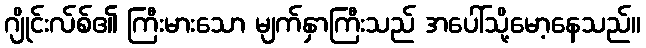
ဂျိုင်းလ်စ်၏ ကြီးမားသော မျက်နှာကြီးသည် အပေါ်သို့မော့နေသည်။